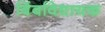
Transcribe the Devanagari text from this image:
बिंबविधायक